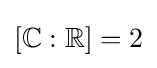
[\mathbb {C} :\mathbb {R} ]=2